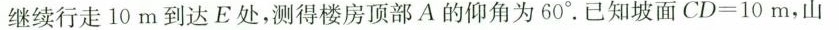
继续行走10m到达E处，测得楼房顶部A的仰角为60°。已知坡面CD=10m，山